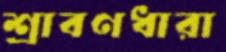
শ্রাবণধারা